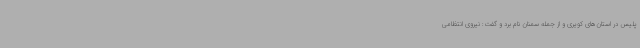
پلیس در استان‌های کویری و از جمله سمنان نام برد و گفت: نیروی انتظامی